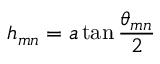
h _ { m n } = a \tan { \frac { \theta _ { m n } } { 2 } }